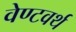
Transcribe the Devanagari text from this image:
वेण्टवर्थ